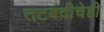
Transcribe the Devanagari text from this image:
तटबंदीचेही